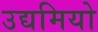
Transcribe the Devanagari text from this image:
उद्यमियो